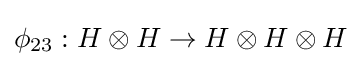
\phi _{23}:H\otimes H\to H\otimes H\otimes H